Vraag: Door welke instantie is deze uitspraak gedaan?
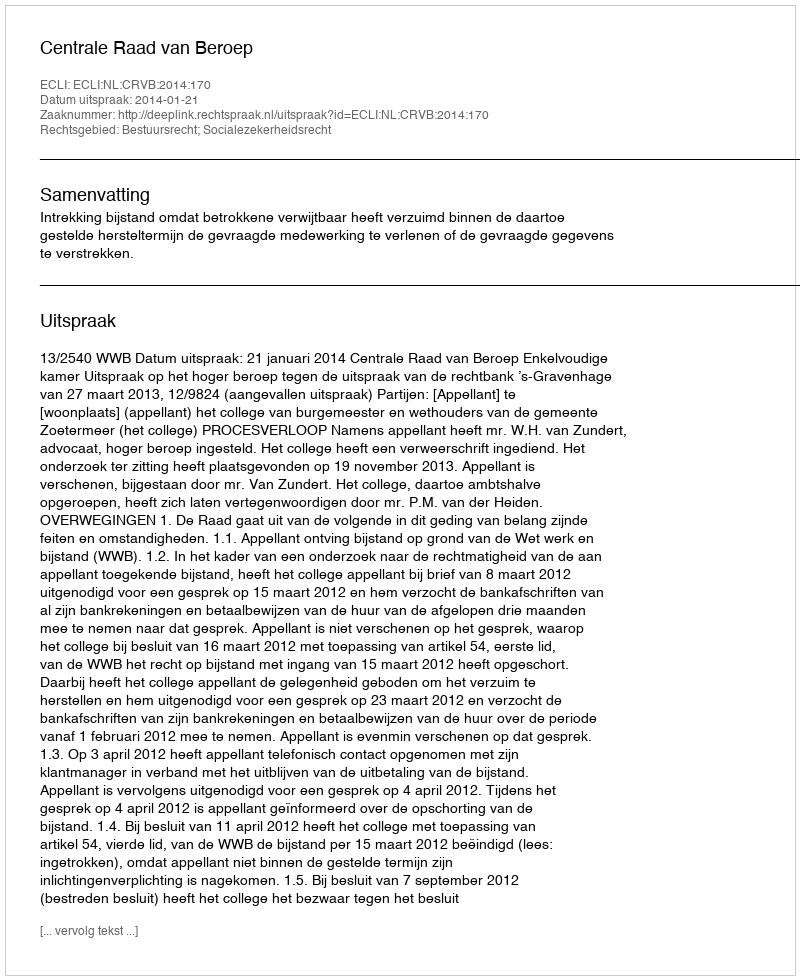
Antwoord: Centrale Raad van Beroep